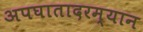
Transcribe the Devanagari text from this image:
अपघातादरम्यान